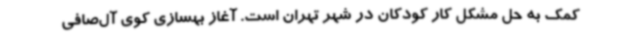
کمک به حل مشکل کار کودکان در شهر تهران است. آغاز بهسازی کوی آل‌صافی